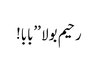
رحیم بولا ’’بابا!